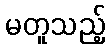
မတူသည့်